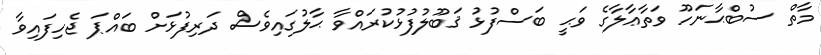
މާތް ސުބްޙާނަހޫ ވަތާޢާލާގެ ވަޙީ ބަސްފުޅު ޤަބޫލުފުޅުކުރައްވާ ޙާލުގައިވެސް ދަރިފުޅަށް ބައްޕަ ޖެހިފައިވާ